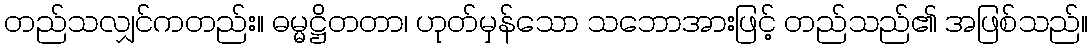
တည်သလျှင်ကတည်း။ ဓမ္မဋ္ဌိတတာ၊ ဟုတ်မှန်သော သဘောအားဖြင့် တည်သည်၏ အဖြစ်သည်။